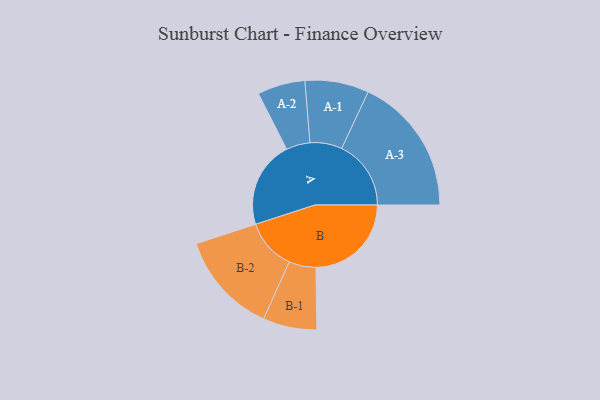
{"axis": {"x": "Segment", "y": "Value"}, "legend": ["", "A", "B"], "data": [{"x": "A", "y": 364, "type": ""}, {"x": "B", "y": 400, "type": ""}, {"x": "A-1", "y": 134, "type": "A"}, {"x": "A-2", "y": 100, "type": "A"}, {"x": "A-3", "y": 291, "type": "A"}, {"x": "B-1", "y": 113, "type": "B"}, {"x": "B-2", "y": 214, "type": "B"}]}